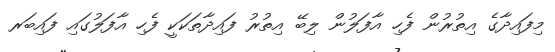
މިފައިދާގެ އިތުރުން ފެހި އާފަލުން ލިބޭ އިތުރު ފައިދާތަކަކީ ފެހި އާފަލުގައި ފައިބަރ